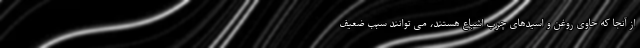
از آنجا که حاوی روغن و اسیدهای چرب اشباع هستند، می توانند سبب ضعیف